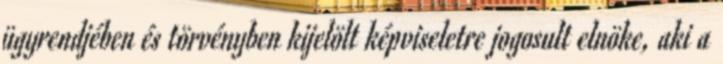
ügyrendjében és törvényben kijelölt képviseletre jogosult elnöke, aki a